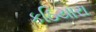
કઠિયારા